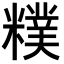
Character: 𥼜